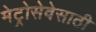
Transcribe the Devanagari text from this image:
मेट्रोसेवेसाठी